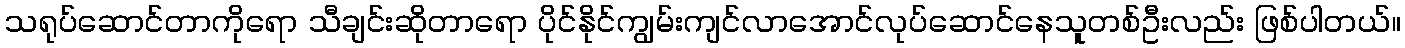
သရုပ်ဆောင်တာကိုရော သီချင်းဆိုတာရော ပိုင်နိုင်ကျွမ်းကျင်လာအောင်လုပ်ဆောင်နေသူတစ်ဦးလည်း ဖြစ်ပါတယ်။